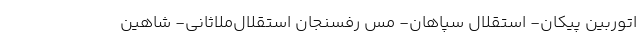
اتوربین پیکان- استقلال سپاهان- مس رفسنجان استقلال‌ملاثانی- شاهین